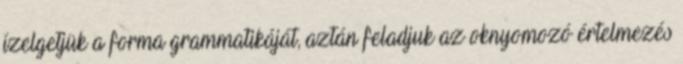
ízelgetjük a forma grammatikáját, aztán feladjuk az oknyomozó értelmezés